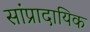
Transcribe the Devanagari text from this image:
सांप्रादायिक